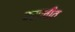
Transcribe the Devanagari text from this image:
बसलींत